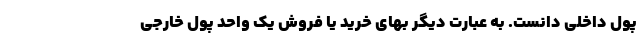
پول داخلی دانست. به عبارت دیگر بهای خرید یا فروش یک واحد پول خارجی